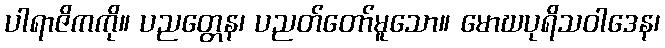
ပါရာဇိကကို။ ပညတ္တေန၊ ပညတ်တော်မူသော။ မောဃပုရိသဝါဒေန၊